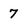
Character: 7